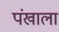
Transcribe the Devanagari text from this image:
पंखाला